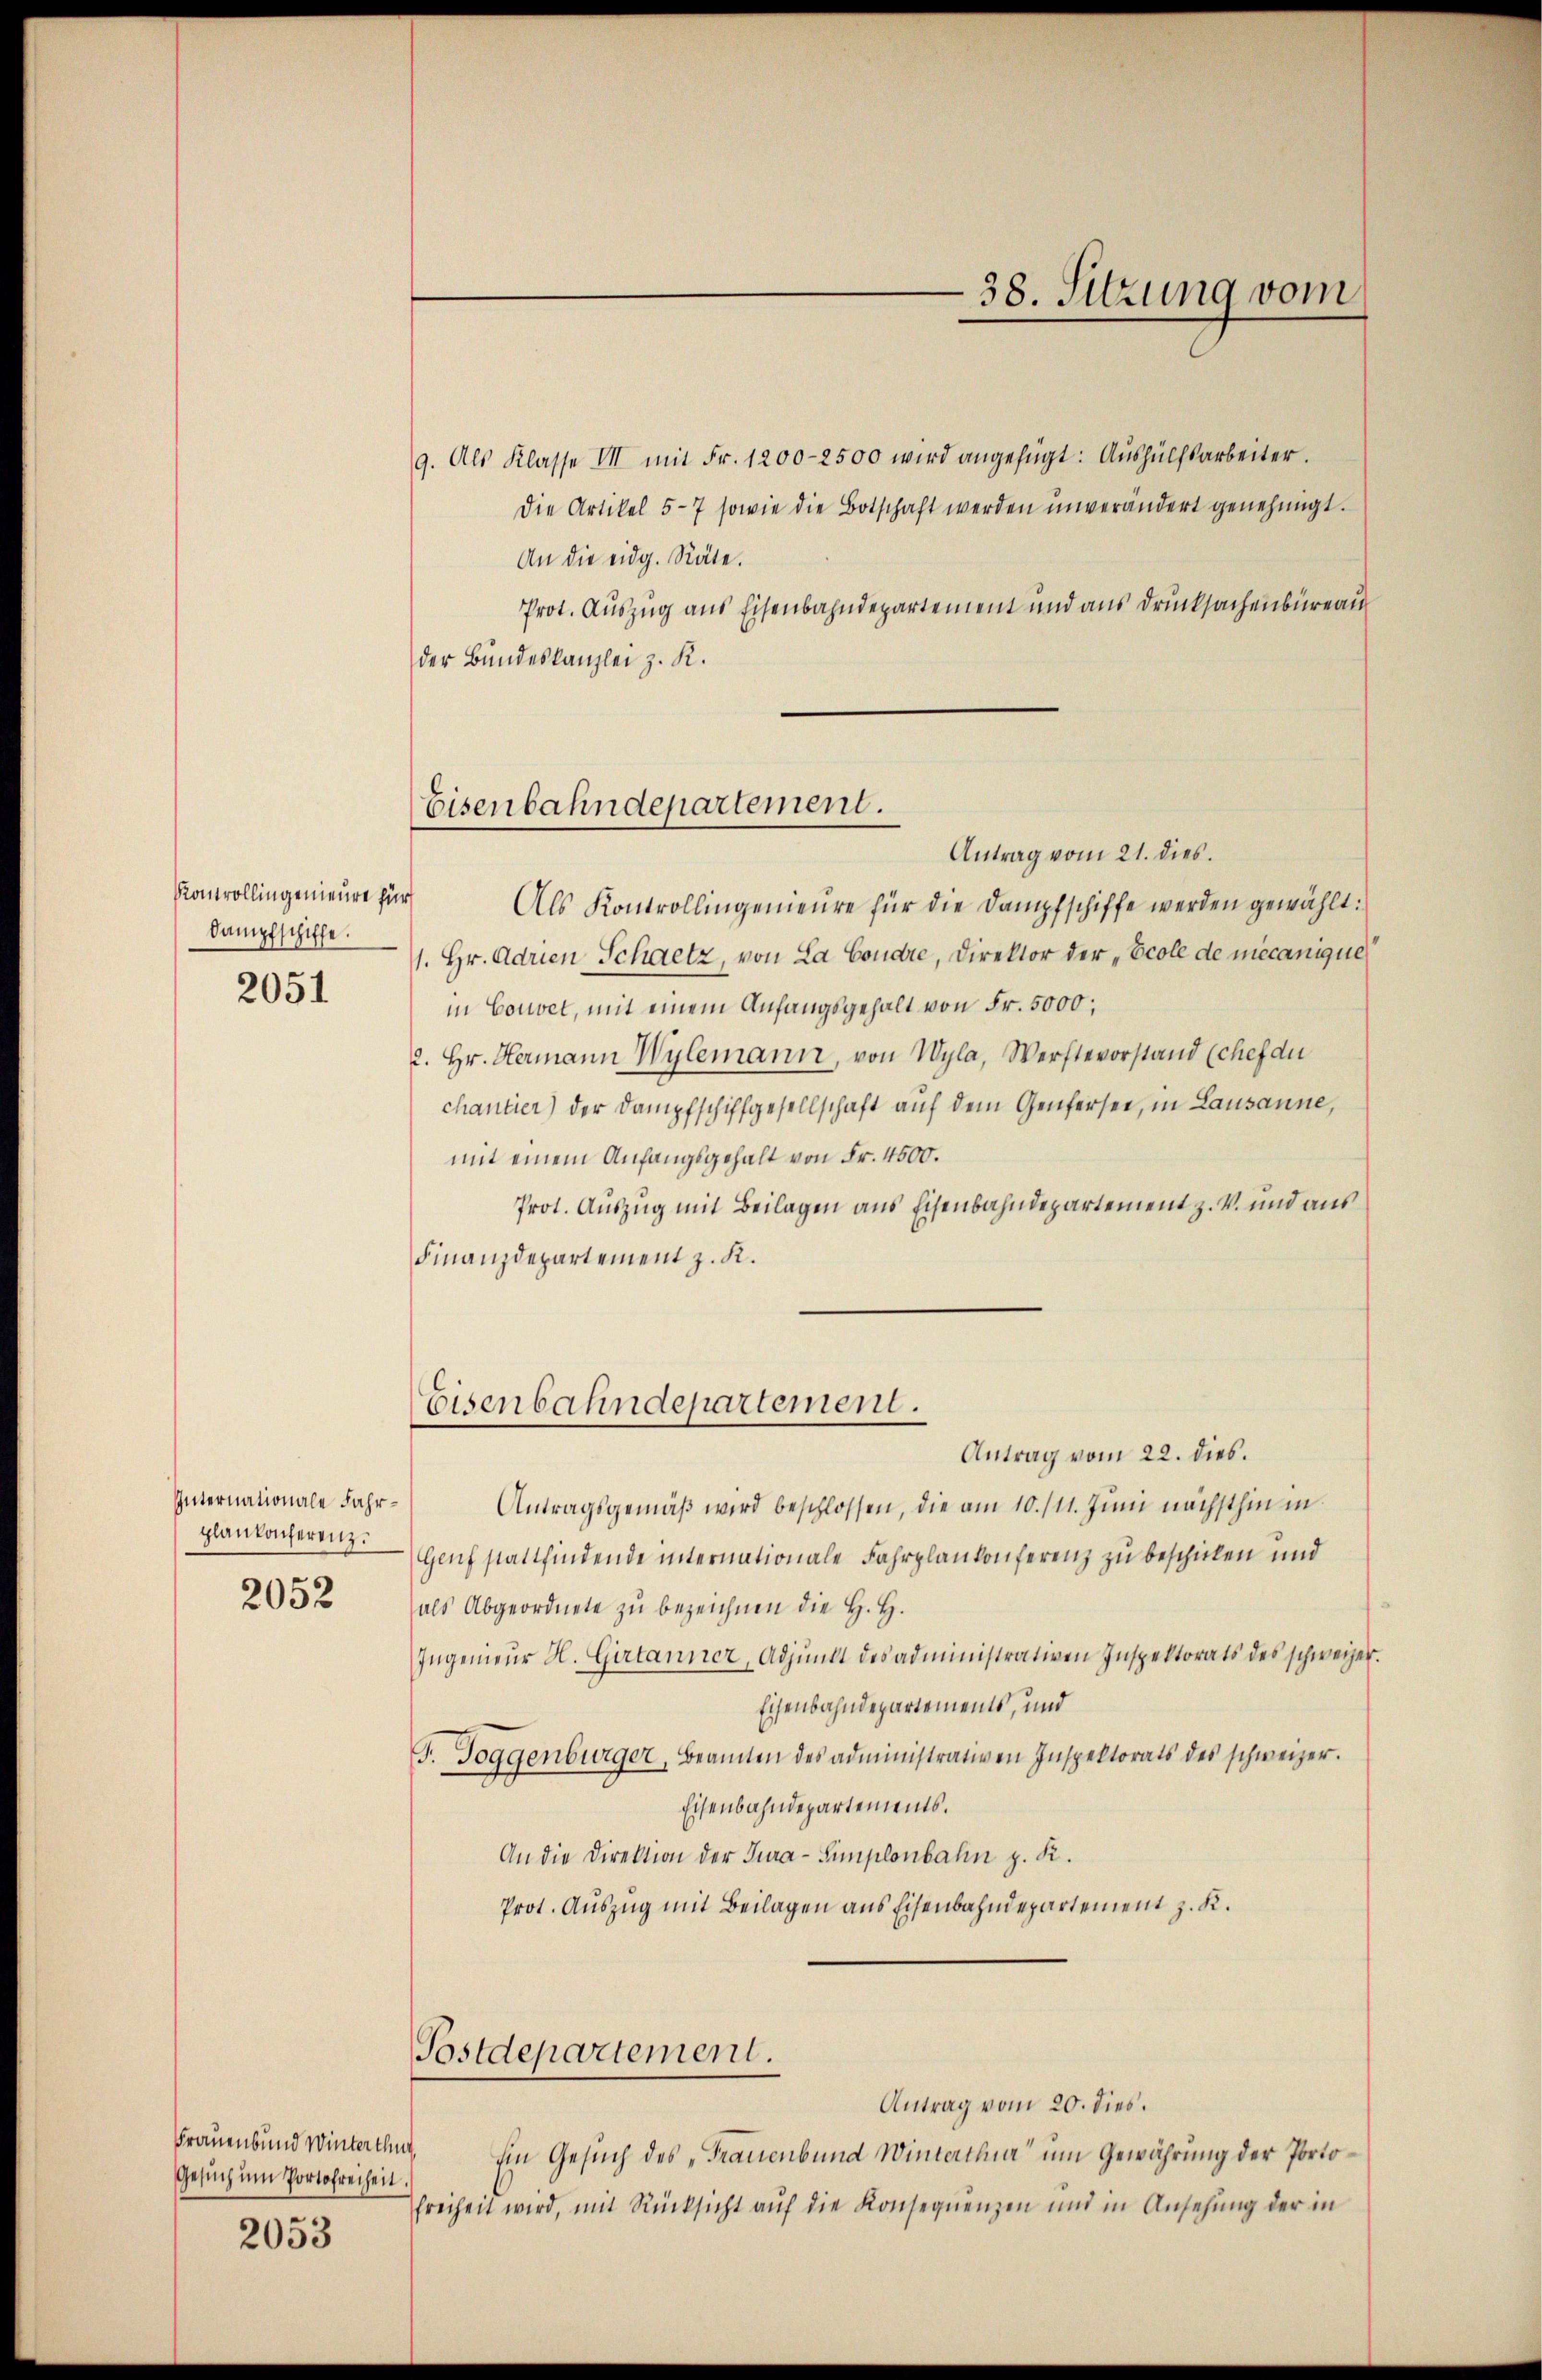
Kontrollingenieure für
Dampfschiffe.
2051

Internationale Fahrplankocherenz.
2052

Frauenbund Winterthut,
Gesuch um Portofreiheit.

2053

9. Als Klasse III mit Fr. 1200-2500 wird angefügt: Aŭshülfsarbeiter.
die Artikel 5-7 sowie die Botschaft werden unverändert genehmigt.
An die eidg. Räte.
Prot. Auszug aus Eisenbahndepartement und aus Drucksachenbüreau
der Bundeskanzlei z. K.

Eisenbahndepartement.

Eisenbahndepartement.

38. Sitzung vom

Antrag vom 21. dies.
Als Kontrollingenieure für die Dampfschiffe werden gewählt:
1. Hr. Adrien Schaetz, von La Condre, Direktor der „Ecole de mecanique
in Couvet, mit einem Anfangsgehalt von Fr. 5000;
2. Hr. Hermann Wylemann, von Wyla, Werftevorstand (chef du
chantier) der Dampfschiffgesellschaft auf dem Genfersee, in Lausanne,
mit einem Anfangsgehalt von Fr. 4500.
Prot. Auszug mit Beilagen aus Eisenbahndepartement z. V. und aus
Finanzdepartement z. K.

Antrag vom 22. dies.
Antragsgemäβ wird beschlossen, die am 10./11. Juni nächsthin in
Genf stattfindende internationale Fahrplankonferenz zu beschicken und
als Abgeordnete zŭ bezeichnen die H. H.
Ingenieŭr H. Girtanner, Adjunct des administrativen Inspektorats des schweizer.
Eisenbahndepartements, und
F. Toggenbürger, Beamten des administrativen Inspektorats des schweizer.
Eisenbahndepartements.
An die Direktion der Tura-Simplonbahn z. K.
Prot. Auszug mit Beilagen aus Eisenbahndepartement z. K.
Postdepartement.
Antrag vom 20. dies.
Ein Gesuch des „Frauenbund Winterthur um Gewährung der Portofreiheit wird, mit Rücksicht aŭf die Konsequenzen und in Ansehung der in